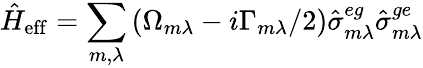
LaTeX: \hat{H}_{\mathrm{eff}}=\sum_{m,\lambda}\left(\Omega_{m\lambda}-i\Gamma_{m\lambda}/2\right)\hat{\sigma}_{m\lambda}^{eg}\hat{\sigma}_{m\lambda}^{ge}